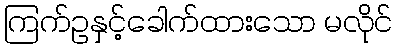
ကြက်ဥနှင့်ခေါက်ထားသော မလိုင်